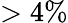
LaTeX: >4\%